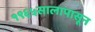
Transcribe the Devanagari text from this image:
१९६५सालापासून